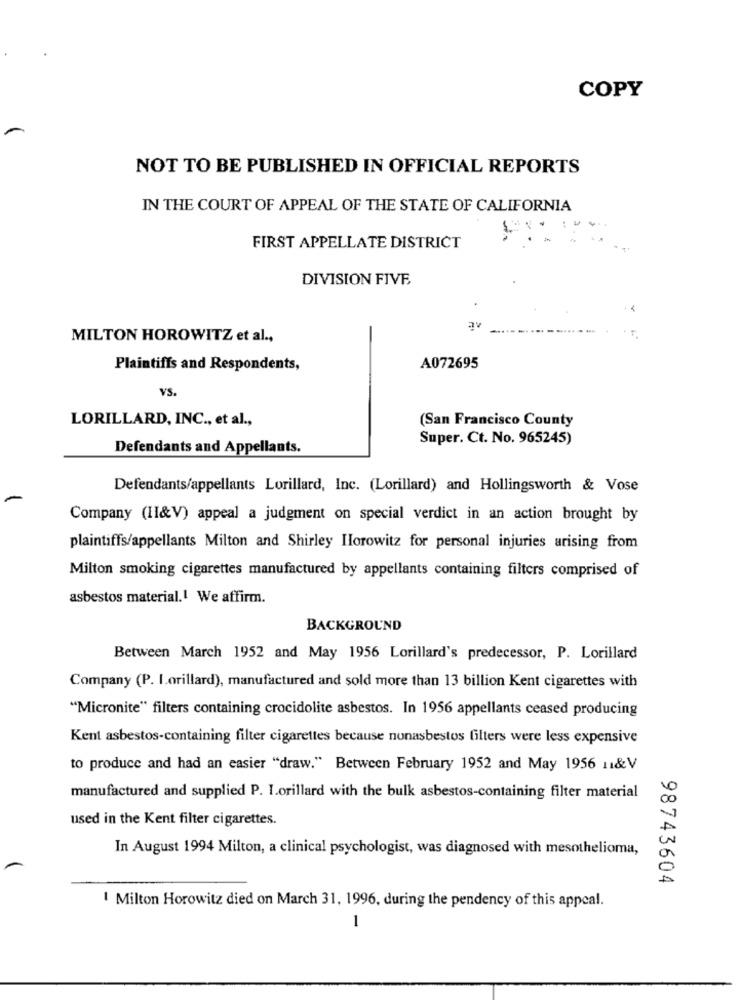
COPY
NOT TO BE PUBLISHED IN OFFICIAL REPORTS
IN THE COURT OF APPEAL OF THE STATE OF CALIFORNIA
in
FIRST APPELLATE DISTRICT
DIVISION FIVE
av
MILTON HOROWITZ et al .,
Plaintiffs and Respondents,
A072695
VS.
LORILLARD, INC ., et al .,
(San Francisco County
Super. Ct. No. 965245)
Defendants and Appellants.
Defendants/appellants Lorillard, Inc. (Lorillard) and Hollingsworth & Vose
Company (II&V) appeal a judgment on special verdict in an action brought by
plaintiffs/appellants Milton and Shirley Ilorowitz for personal injuries arising from
Milton smoking cigarettes manufactured by appellants containing filters comprised of
asbestos material.1 We affirm.
BACKGROUND
Between March 1952 and May 1956 Lorillard's predecessor, P. Lorillard
Company (P. Lorillard), manufactured and sold more than 13 billion Kent cigarettes with
"Micronite" filters containing crocidolite asbestos. In 1956 appellants ceased producing
Kent asbestos-containing filter cigarettes because nonasbestos filters were less expensive
to produce and had an easier "draw." Between February 1952 and May 1956 11&V
manufactured and supplied P. Lorillard with the bulk asbestos-containing filter material
used in the Kent filter cigarettes.
In August 1994 Milton, a clinical psychologist, was diagnosed with mesothelioma,
98743604
1 Milton Horowitz died on March 31, 1996, during the pendency of this appeal.
1